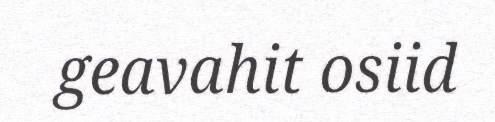
geavahit osiid